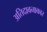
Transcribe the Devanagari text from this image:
अतिदावनाकार